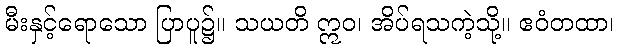
မီးနှင့်ရောသော ပြာပူ၌။ သယတိ ဣဝ၊ အိပ်ရသကဲ့သို့။ ဧဝံတထာ၊